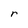
Character: r